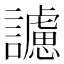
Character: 𧭜